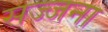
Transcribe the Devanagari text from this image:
सज्जना